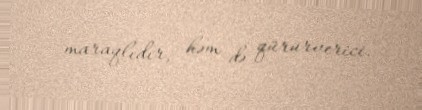
maraqlıdır, həm də qürurverici.